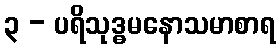
၃ - ပရိသုဒ္ဓမနောသမာစာရ